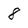
Character: 8